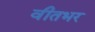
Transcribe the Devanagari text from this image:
वीतभर